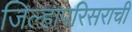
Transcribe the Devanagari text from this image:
जिल्हापरिसराची